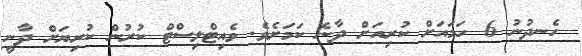
ހެނދުނު 6 ހަމައަށް ކުރިއަށް ދާނެ ކަމަށެވެ. ވެއިޓްލިސްޓް ކުރުން ކުރިޔަށް ދާނީ